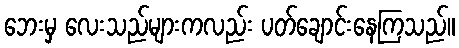
ဘေးမှ လေးသည်များကလည်း ပတ်ချောင်းနေကြသည်။